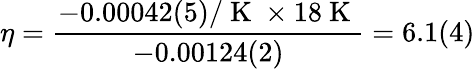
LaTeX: \eta=\frac{-0.00042(5)/\mathrm{~K~}\times 18\mathrm{~K~}}{-0.00124(2)}=6.1(4)